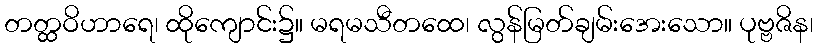
တတ္ထဝိဟာရေ၊ ထိုကျောင်း၌။ မရမသီတထေ၊ လွန်မြတ်ချမ်းအေးသော။ ပုဗ္ဗဇိန၊